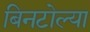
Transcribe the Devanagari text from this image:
बिनटोल्या